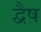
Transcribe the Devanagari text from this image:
द्वैष